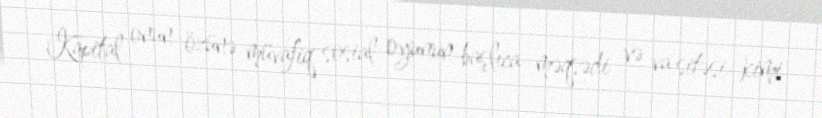
Kapital onun özünə müvafiq sosial oyunun başlıca məqsədi və va sitəsi kimi